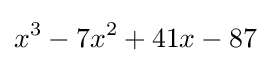
x^{3}-7x^{2}+41x-87